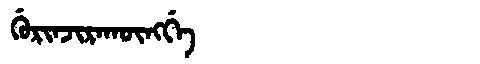
Manchu: ᡤᡠᡵᡳᠨᠵᡳᡵᠠᡴᡡᠩᡤᡝ
Romanization: GURINJIRAKŪNGGE